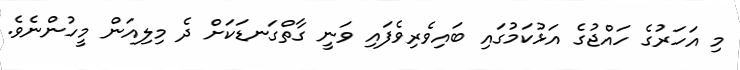
މި އަަހަރުގެ ހައްޖުގެ އަޅުކަމުގައި ބައިވެރިވެފައި ވަނީ ގާތްގަނޑަކަށް ދެ މިލިއަން މީހުންނެވެ.